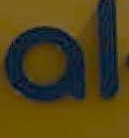
al